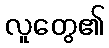
လူတွေ၏